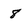
Character: 8